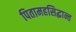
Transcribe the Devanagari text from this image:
पितामहसिद्धान्त